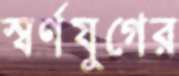
স্বর্ণযুগের